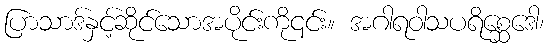
ပြာသာဒ်နှင့်ဆိုင်သောအပိုင်းကို၎င်း။ အဂါရဝါသပရိစ္ဆေဒေါ၊